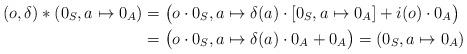
LaTeX: \begin{align*} (o,\delta) * (0_S, a\mapsto 0_A) &= \big(o\cdot 0_S,a\mapsto \delta(a) \cdot [0_S, a\mapsto 0_A] + i(o)\cdot 0_A\big) \\ &= \big(o\cdot 0_S, a\mapsto \delta(a) \cdot 0_A + 0_A\big) = (0_S,a\mapsto 0_A)\end{align*}